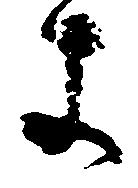
よ